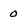
Character: 0